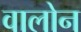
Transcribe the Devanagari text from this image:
वालोन